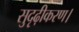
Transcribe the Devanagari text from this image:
सुदृढ़ीकरण।